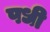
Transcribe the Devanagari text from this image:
पधी